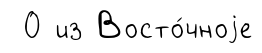
0 из Восто́чноjе